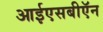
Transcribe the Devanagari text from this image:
आईएसबीऍन